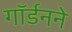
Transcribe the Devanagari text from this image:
गॉर्डनने